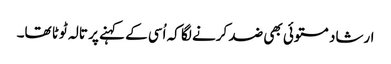
ارشاد مستوئی بھی ضد کرنے لگا کہ اُسی کے کہنے پر تالہ ٹوٹا تھا۔